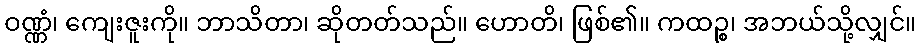
ဝဏ္ဏံ၊ ကျေးဇူးကို။ ဘာသိတာ၊ ဆိုတတ်သည်။ ဟောတိ၊ ဖြစ်၏။ ကထဉ္စ၊ အဘယ်သို့လျှင်။